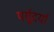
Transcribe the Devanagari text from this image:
पर्यूदर्या